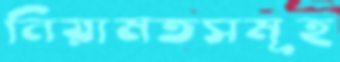
নিয়ামতসমূহ